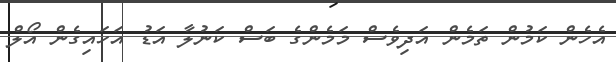
އެހެން ކަމުން ތަމެން އަދިވެސް މަމެންގެ ބަސް ކަނުލާ އަޑު އަހައިގެން އޯލް